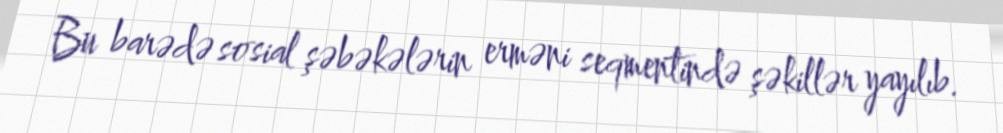
Bu barədə sosial şəbəkələrin erməni seqmentində şəkillər yayılıb.